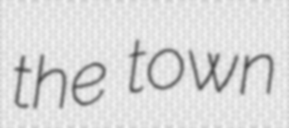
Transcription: the town